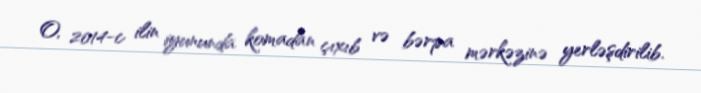
O, 2014-c ilin iyununda komadan çıxıb və bərpa mərkəzinə yerləşdirilib.